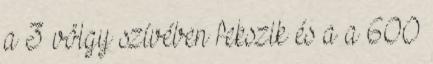
a 3 völgy szívében fekszik és a a 600